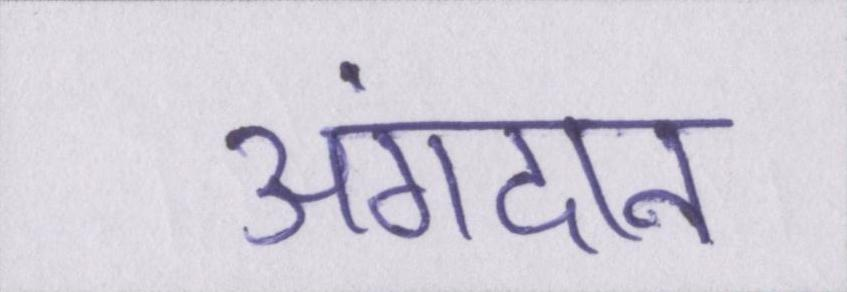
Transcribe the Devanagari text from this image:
अंगदान